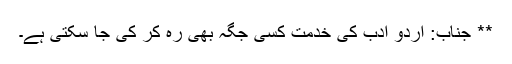
** جناب: اُردو ادب کی خدمت کسی جگہ بھی رہ کر کی جا سکتی ہے۔